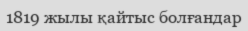
1819 жылы қайтыс болғандар